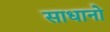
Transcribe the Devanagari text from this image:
साधानो